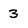
Character: 3